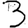
Digit: 3